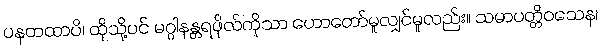
ပနတထာပိ၊ ထိုသို့ပင် မဂ္ဂါနန္တရဖိုလ်ကိုသာ ဟောတော်မူလျှင်မူလည်း။ သမာပတ္တိဝသေန၊